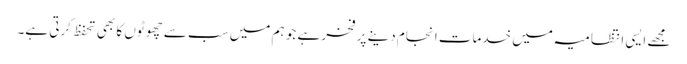
مجھے ایسی انتظامیہ میں خدمات انجام دینے پر فخر ہے جو ہم میں سب سے چھوٹوں کا بھی تحفظ کرتی ہے۔